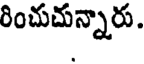
రించుచున్నారు.